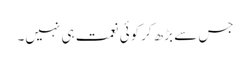
جس سے بڑھ کرکوئی نعمت ہی نہیں۔